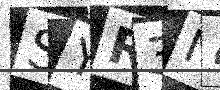
Text: SYR3N4